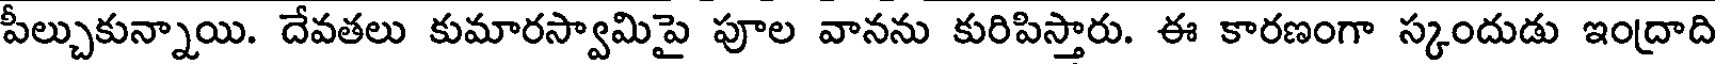
పీల్చుకున్నాయి. దేవతలు కుమారస్వామిపై పూల వానను కురిపిస్తారు. ఈ కారణంగా స్కందుడు ఇంద్రాది